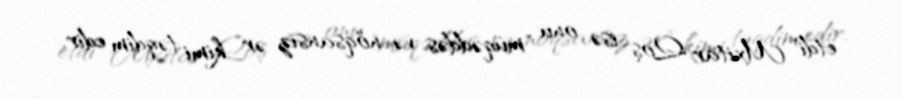
etdi" Mxitar Qoş isə onu "müqəddəs və nöqsansız ər" kimi təqdim edir.